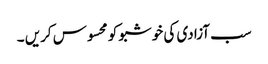
سب آزادی کی خوشبو کو محسوس کریں ۔